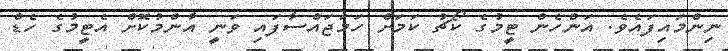
ނިންމައިފައެވެ. އަންހެން ޓީމުގެ ކޯޗު ކަމަށް ހަމަޖައްސާފައި ވަނީ އާންމުކޮށް އެޓީމުގެ ހެޑް